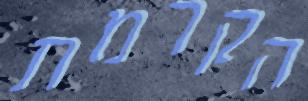
הקרמת